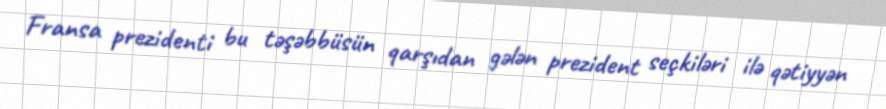
Fransa prezidenti bu təşəbbüsün qarşıdan gələn prezident seçkiləri ilə qətiyyən